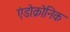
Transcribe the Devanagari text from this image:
एंडोक्रोनिक